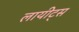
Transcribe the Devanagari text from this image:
लायीट्स